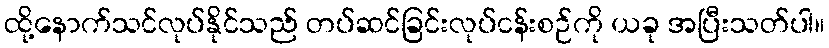
ထို့နောက်သင်လုပ်နိုင်သည် တပ်ဆင်ခြင်းလုပ်ငန်းစဉ်ကို ယခု အပြီးသတ်ပါ။